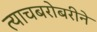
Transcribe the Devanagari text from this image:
त्याचबरोबरीने